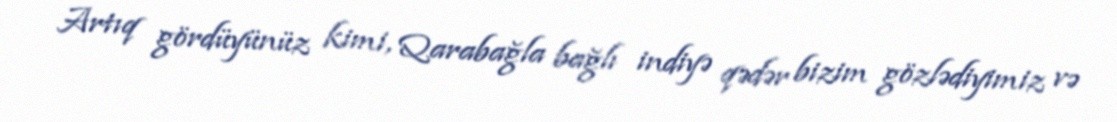
Artıq gördüyünüz kimi, Qarabağla bağlı indiyə qədər bizim gözlədiyimiz və